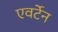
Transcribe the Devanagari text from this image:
एवर्टेन